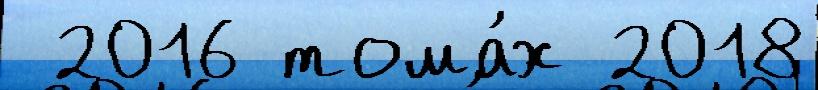
 2016 тома́х 2018